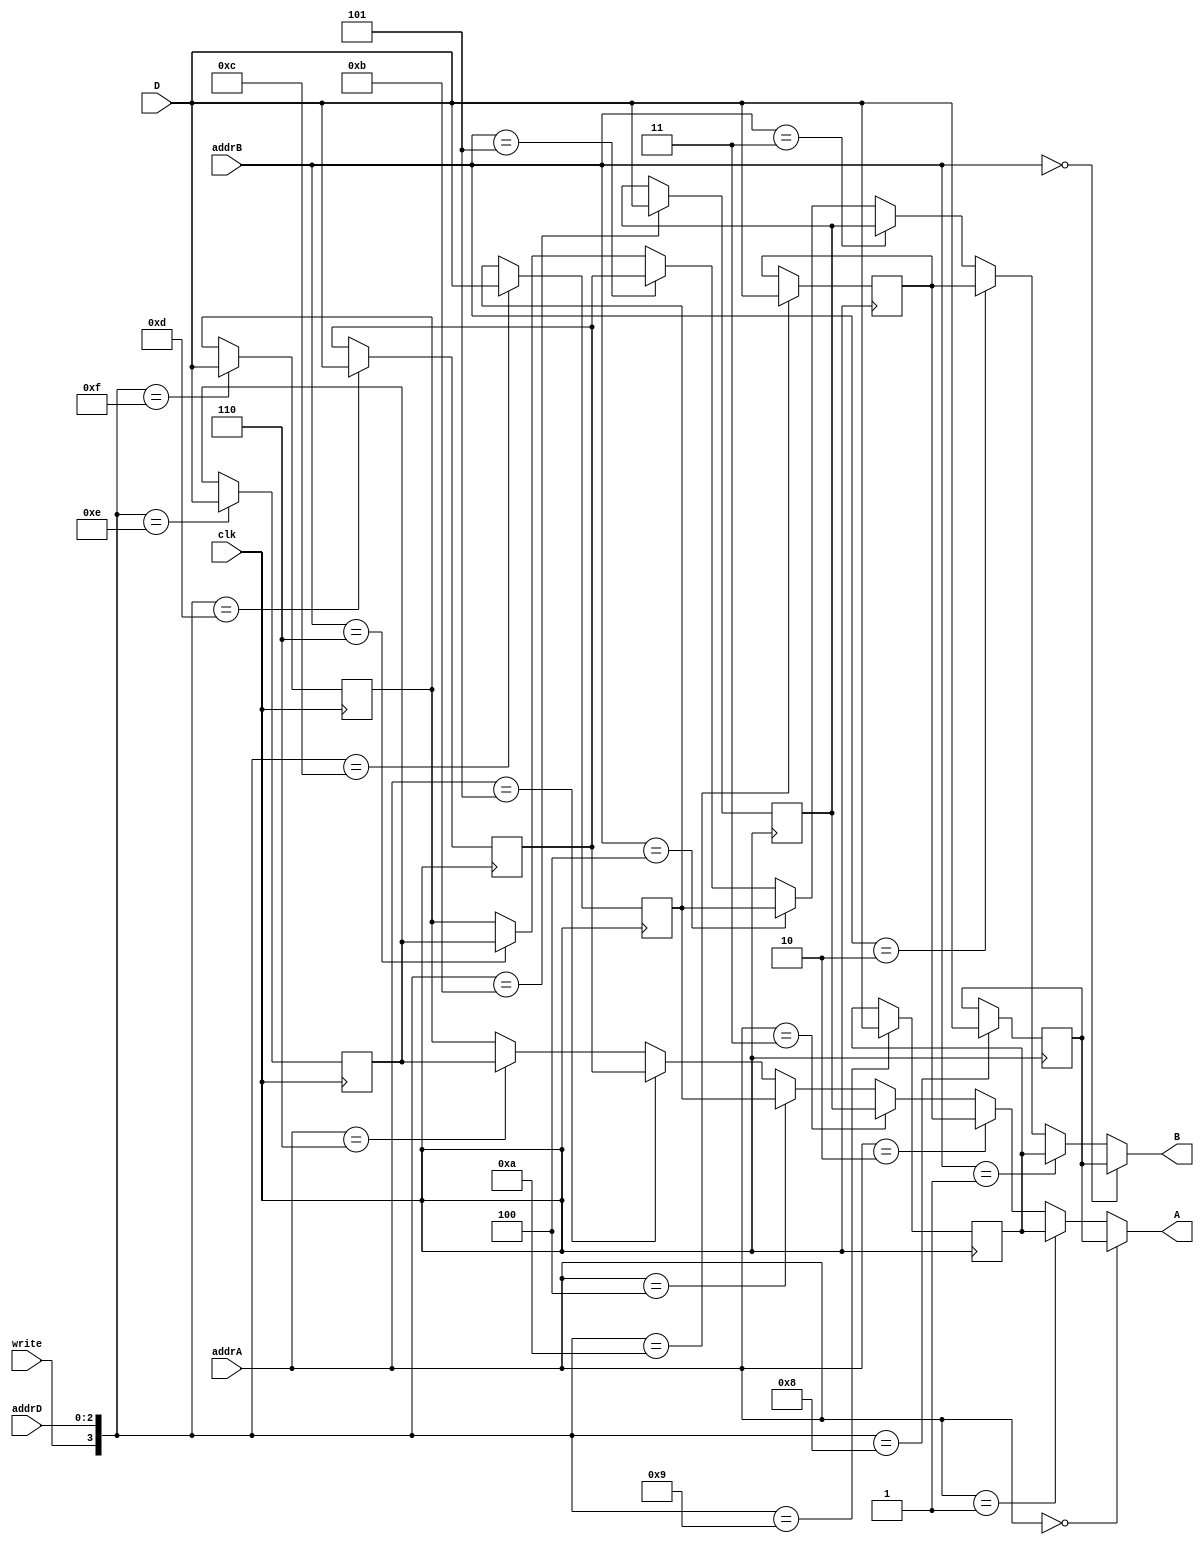
// Practica 4 de SEM
// Por Manuel Martinez-Almeida

`timescale 1ns / 10ps

module registros(A, B, addrA, addrB, addrD, write, D, clk);
    input [2:0] addrA, addrB, addrD;
    input [15:0] D;
    input write, clk;

    output [15:0] A, B;

    reg [15:0] R0, R1, R2, R3, R4, R5, R6, R7;

    initial begin
        R0 = 0;
        R1 = 0;
        R2 = 0;
        R3 = 0;
        R4 = 0;
        R5 = 0;
        R6 = 0;
        R7 = 0;
    end

    always @ (posedge clk) begin
        case ({write, addrD})
            4'b1000: #3 R0 = D;
            4'b1001: #3 R1 = D;
            4'b1010: #3 R2 = D;
            4'b1011: #3 R3 = D;
            4'b1100: #3 R4 = D;
            4'b1101: #3 R5 = D;
            4'b1110: #3 R6 = D;
            4'b1111: #3 R7 = D;
        endcase
    end

    assign #2 A =
        (addrA == 3'b000) ? R0 :
        (addrA == 3'b001) ? R1 :
        (addrA == 3'b010) ? R2 :
        (addrA == 3'b011) ? R3 :
        (addrA == 3'b100) ? R4 :
        (addrA == 3'b101) ? R5 :
        (addrA == 3'b110) ? R6 :
        R7;

    assign #2 B =
        (addrB == 3'b000) ? R0 :
        (addrB == 3'b001) ? R1 :
        (addrB == 3'b010) ? R2 :
        (addrB == 3'b011) ? R3 :
        (addrB == 3'b100) ? R4 :
        (addrB == 3'b101) ? R5 :
        (addrB == 3'b110) ? R6 :
        R7;

endmodule